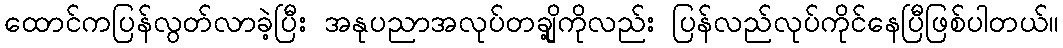
ထောင်ကပြန်လွတ်လာခဲ့ပြီး အနုပညာအလုပ်တချို့ကိုလည်း ပြန်လည်လုပ်ကိုင်နေပြီဖြစ်ပါတယ်။